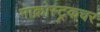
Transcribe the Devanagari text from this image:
माक्रोस्ट्रकचर